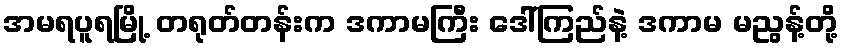
အမရပူရမြို့ တရုတ်တန်းက ဒကာမကြီး ဒေါ်ကြည်နဲ့ ဒကာမ မညွန့်တို့